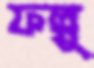
ফল্গু